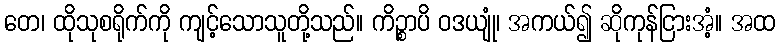
တေ၊ ထိုသုစရိုက်ကို ကျင့်သောသူတို့သည်။ ကိဉ္စာပိ ဝဒယျုံ၊ အကယ်၍ ဆိုကုန်ငြားအံ့။ အထ